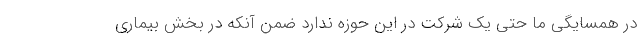
در همسایگی ما حتی یك شركت در این حوزه ندارد ضمن آنكه در بخش بیماری